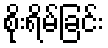
စိုးရိမ်ခြင်း